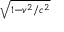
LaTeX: \scriptstyle { \sqrt { 1 - { v ^ { 2 } } / { c ^ { 2 } } } }